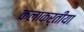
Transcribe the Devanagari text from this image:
कलाकर्तीया